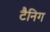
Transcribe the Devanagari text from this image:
टैनिग